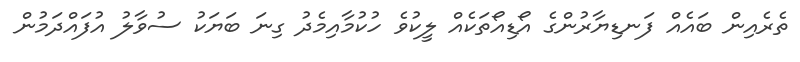
ތެރެއިން ބައެއް ފަނޑިޔާރުންގެ އޯޑިއޯތަކެއް ލީކުވެ ހުކުމާއިމެދު ގިނަ ބަޔަކު ސުވާލު އުފައްދަމުން